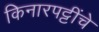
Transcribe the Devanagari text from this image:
किनारपट्टींचे